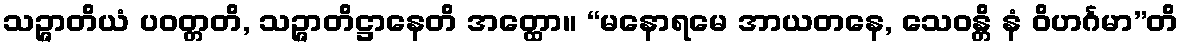
သဉ္ဇာတိယံ ပဝတ္တတိ, သဉ္ဇာတိဋ္ဌာနေတိ အတ္ထော။ “မနောရမေ အာယတနေ, သေဝန္တိ နံ ဝိဟင်္ဂမာ”တိ